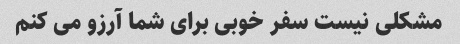
مشکلی نیست سفر خوبی برای شما آرزو می کنم